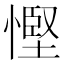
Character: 慳